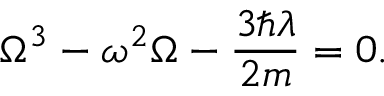
\Omega ^ { 3 } - \omega ^ { 2 } \Omega - \frac { 3 \hbar \lambda } { 2 m } = 0 .